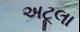
અટૂલા